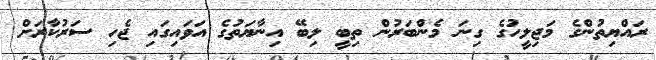
ރައްޔިތުންގެ މަޖިލީހުގެ ގިނަ މެންބަރުން ތިބީ ލިބޭ އިނާޔަތުގެ އަވައިގައި ޖެހި ސަރުކާރަށް